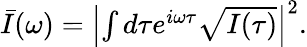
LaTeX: \begin{array}{r}{\bar{I}(\omega)=\left|\int d\tau e^{i\omega\tau}\sqrt{I(\tau)}\right|^{2}.}\end{array}